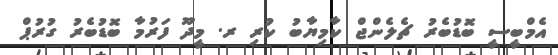
އެމްބީސީ ބޮޑުބެރު ޗެލެންޖް ކާމިޔާބު ކުރި ރ. މީދޫ ފަރުމާ ބޮޑުބެރު ގުރުޕް